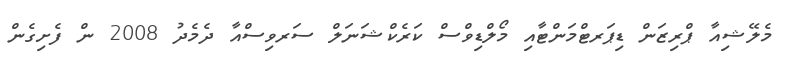
މެލޭޝިއާ ޕްރިޒަން ޑިޕަރޓްމަންޓާއި މޯލްޑިވްސް ކަރެކްޝަނަލް ސަރވިސްއާ ދެމެދު 2008 ން ފެށިގެން